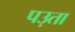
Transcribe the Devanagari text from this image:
पउ़ता